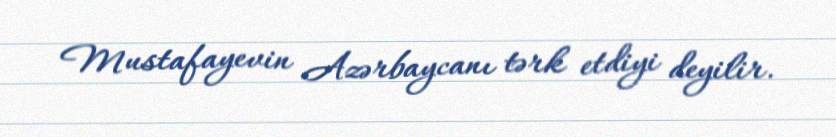
Mustafayevin Azərbaycanı tərk etdiyi deyilir.